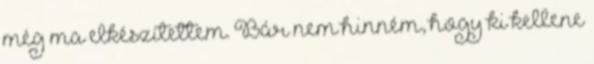
még ma elkészítettem. Bár nem hinném, hogy ki kellene